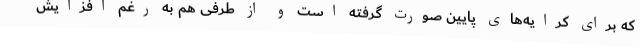
که برای کرایه‌های پایین صورت گرفته است و از طرفی هم به رغم افزایش